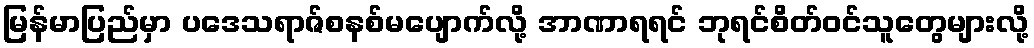
မြန်မာပြည်မှာ ပဒေသရာဇ်စနစ်မပျောက်လို့ အာဏာရရင် ဘုရင်စိတ်ဝင်သူတွေများလို့